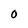
Character: 0